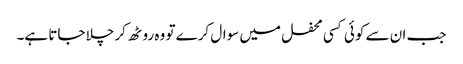
جب ان سے کوئی کسی محفل میں سوال کرے تو وہ روٹھ کر چلا جاتا ہے۔